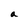
Character: a